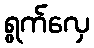
ရွက်လှေ